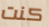
كنت